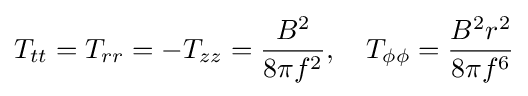
T_{tt}=T_{rr}=-T_{zz}={\frac {B^{2}}{8\pi f^{2}}},\quad T_{\phi \phi }={\frac {B^{2}r^{2}}{8\pi f^{6}}}